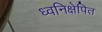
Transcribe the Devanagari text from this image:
ध्वनिक्षेपित